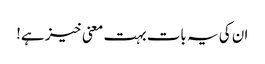
ان کی یہ بات بہت معنی خیز ہے!